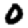
Digit: 0